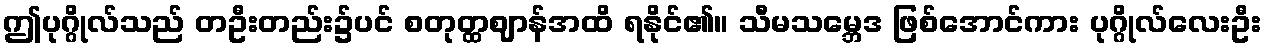
ဤပုဂ္ဂိုလ်သည် တဦးတည်း၌ပင် စတုတ္ထဈာန်အထိ ရနိုင်၏။ သီမသမ္ဘေဒ ဖြစ်အောင်ကား ပုဂ္ဂိုလ်လေးဦး